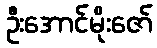
ဦးအောင်မိုးဇော်